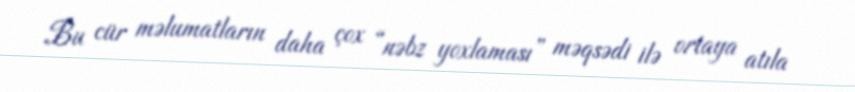
Bu cür məlumatların daha çox “nəbz yoxlaması” məqsədi ilə ortaya atıla